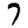
Digit: 7